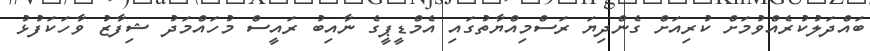
ބައްދަލުކުރެއްވުމަށް ކުރިއަށް ގެންދިޔަ ރަސްމިއްޔާތުގައި އެމްޑީޕީގެ ނާއިބު ރައީސް މުހައްމަދު ޝިފާޒު ވާހަކަފުޅު